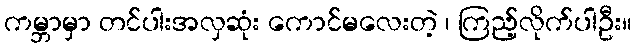
ကမ္ဘာမှာ တင်ပါးအလှဆုံး ကောင်မလေးတဲ့ ၊ ကြည့်လိုက်ပါဦး။